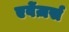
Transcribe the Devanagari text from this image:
एवेंज़र्स